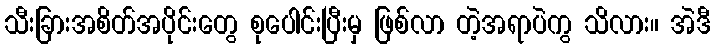
သီးခြားအစိတ်အပိုင်းတွေ စုပေါင်းပြီးမှ ဖြစ်လာ တဲ့အရာပဲကွ သိလား။ အဲဒီ